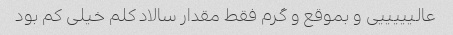
عالیییییی و بموقع و گرم فقط مقدار سالاد کلم خیلی کم بود